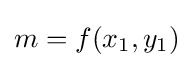
m=f(x_{1},y_{1})